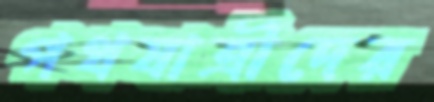
পথযাত্রীদের